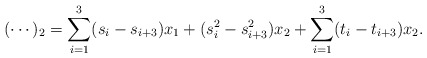
\begin{align*}(\cdots)_{2} = \sum_{i = 1}^{3}(s_{i} - s_{i + 3})x_1 + (s_{i}^{2} - s_{i + 3}^{2})x_2 + \sum_{i = 1}^{3}(t_{i} - t_{i + 3})x_2.\end{align*}